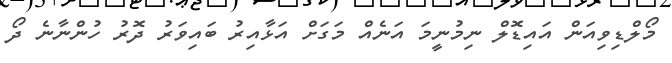
މޯލްޑިވިއަން އައިޑޮލް ނިމުނީމަ އަނެއް މަގަށް އަޅާއިރު ބައިވަރު ދޮރު ހުންނާނެ ދޯ